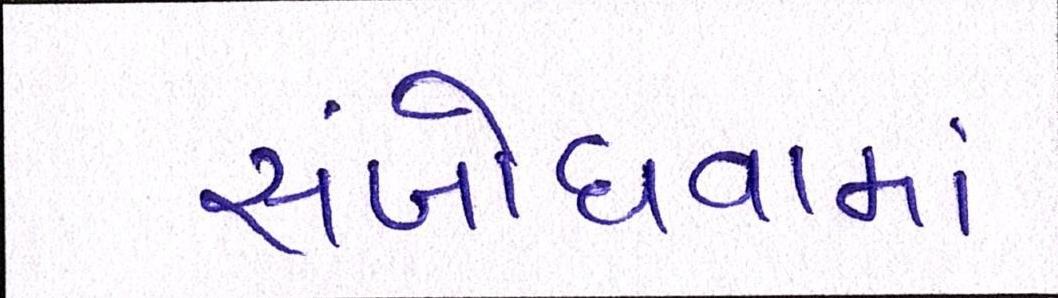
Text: સંબોધવામાં